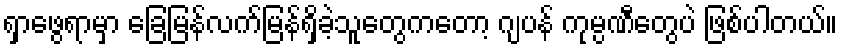
ရှာဖွေရာမှာ ခြေမြန်လက်မြန်ရှိခဲ့သူတွေကတော့ ဂျပန် ကုမ္ပဏီတွေပဲ ဖြစ်ပါတယ်။